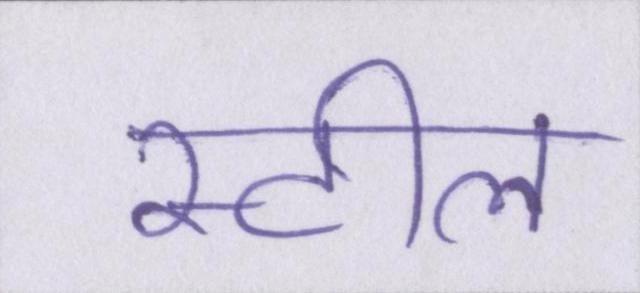
स्टील